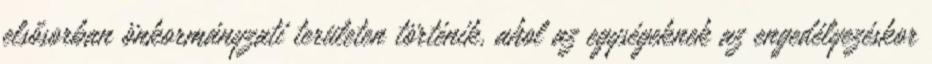
elsősorban önkormányzati területen történik, ahol az egységeknek az engedélyezéskor